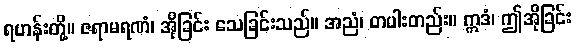
ရဟန်းတို့။ ဇရာမရဏံ၊ အိုခြင်း သေခြင်းသည်။ အညံ၊ တပါးတည်း။ ဣဒံ၊ ဤအိုခြင်း